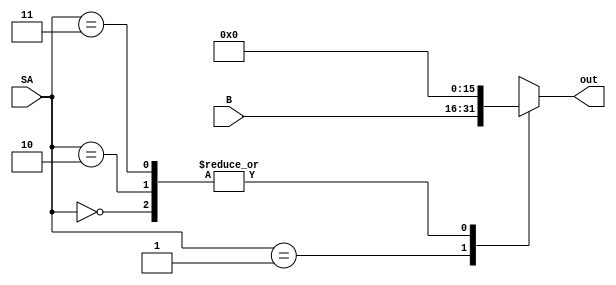
module Mult(
    input[15:0] B, input[1:0] SA,
    output reg[15:0]out);

    always@(SA)begin
      out = 16'b0;
      case(SA)
        2'b00: out = 16'b0;
        2'b01: out = B;
        2'b10: out = {B[15:1],0};
        2'b11: out = 16'b0;
        default: out <= 16'b0;
      endcase
    end

endmodule